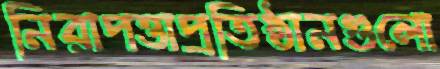
নিরাপত্তাপ্রতিষ্ঠানগুলো